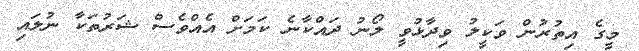
މީގެ އިތުރުން ވަކީލު ވިދާޅުވީ ލޯނު ދައްކާނެ ކަމަށް އެއްވެސް ޝަރުތަކާ ނުލައި